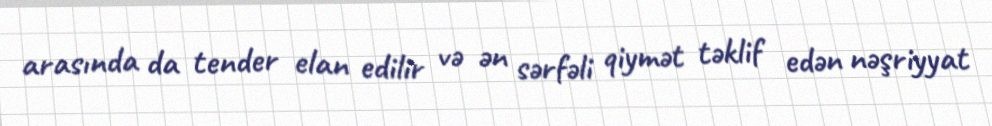
arasında da tender elan edilir və ən sərfəli qiymət təklif edən nəşriyyat